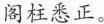
阁柱悉正。